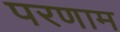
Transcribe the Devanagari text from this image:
परणाम